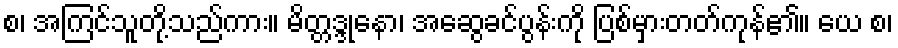
စ၊ အကြင်သူတို့သည်ကား။ မိတ္တဒ္ဒုနော၊ အဆွေခင်ပွန်းကို ပြစ်မှားတတ်ကုန်၏။ ယေ စ၊